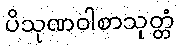
ပိသုဏဝါစာသုတ္တံ